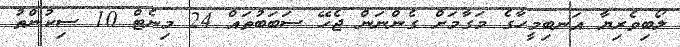
ލޯބިވެރިޔާ އަނބިމީހާގެ މަގާމަށް ގެންނަން ޖެހޭ ސަބަބުތައް 24 މިނެޓް 10 ސިކުންތު